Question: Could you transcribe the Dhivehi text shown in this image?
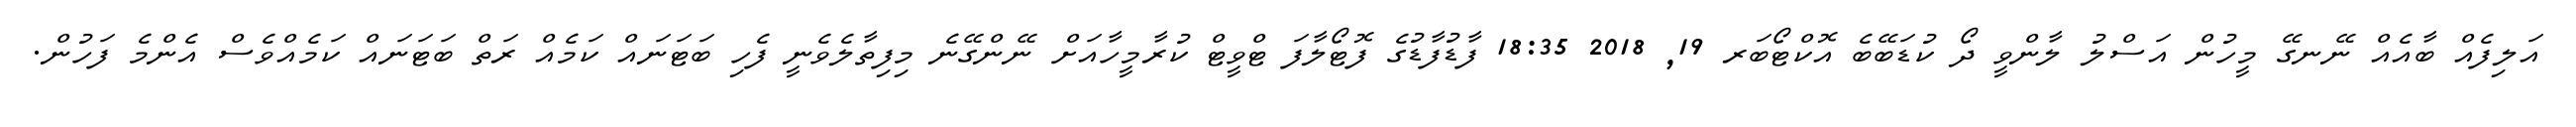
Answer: އަލިފެއް ބާއެއް ނޭނގޭ މީހުން އަސްލު ލާންވީ ދޯ ކުޑަބޭބެ އޮކްޓޯބަރ 19, 2018 18:35 ފާޑުފާޑުގެ ފޮޓޯލާފަ ޓްވީޓް ކުރާމީހާއަށް ނޭންގޭނެ މިފިތާލެވެނީ ފެހި ބަޓަނައް ކަމެއް ރަތް ބަޓަނައް ކަމެއްވެސް އެންމެ ފަހުން.